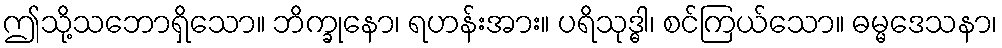
ဤသို့သဘောရှိသော။ ဘိက္ခုနော၊ ရဟန်းအား။ ပရိသုဒ္ဓါ၊ စင်ကြယ်သော။ ဓမ္မဒေသနာ၊